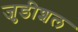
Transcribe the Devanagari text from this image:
जुडीशल